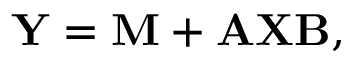
\mathbf { Y } = \mathbf { M } + \mathbf { A } \mathbf { X } \mathbf { B } ,